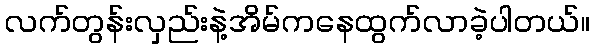
လက်တွန်းလှည်းနဲ့အိမ်ကနေထွက်လာခဲ့ပါတယ်။